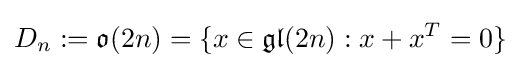
D_{n}:={\mathfrak {o}}(2n)=\{x\in {\mathfrak {gl}}(2n):x+x^{T}=0\}